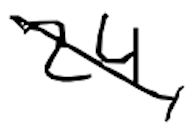
Text: 24,
Cross-out: diagonal
Writing tool: digital_black